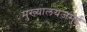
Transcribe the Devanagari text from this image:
मुख्यालयजमुई